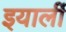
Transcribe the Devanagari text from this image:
इयार्ली